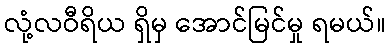
လုံ့လဝီရိယ ရှိမှ အောင်မြင်မှု ရမယ်။